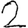
Digit: 2